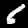
Digit: 6